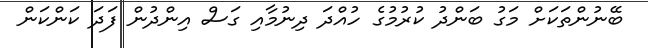
ބޭނުންތަކަށް މަގު ބަންދު ކުރުމުގެ ހުއްދަ ދިނުމާއި ގަސް އިންދުން ފަދަ ކަންކަން